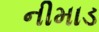
નીમાડ